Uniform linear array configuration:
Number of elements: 32
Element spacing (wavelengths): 1
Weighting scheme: kaiser
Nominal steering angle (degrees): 60
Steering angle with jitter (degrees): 61.212
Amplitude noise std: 0.05
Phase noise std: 0.05

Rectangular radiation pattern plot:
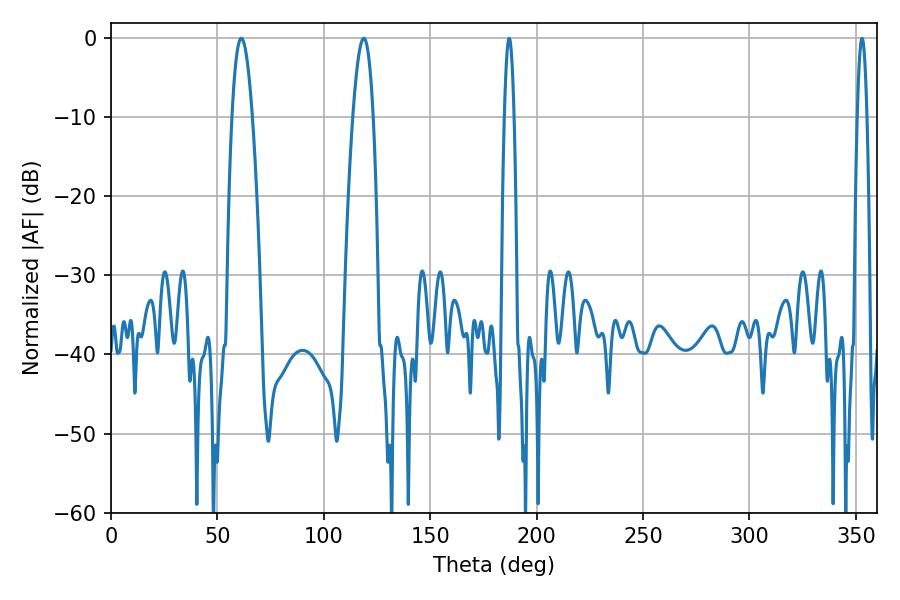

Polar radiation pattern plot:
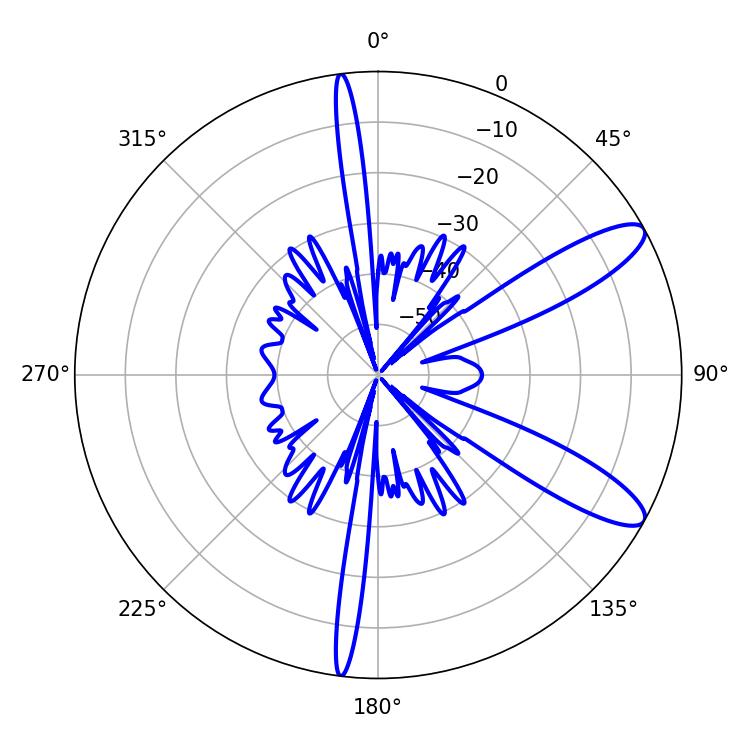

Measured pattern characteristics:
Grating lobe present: TRUE
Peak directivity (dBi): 10.905
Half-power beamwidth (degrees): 5.22
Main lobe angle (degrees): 61.2